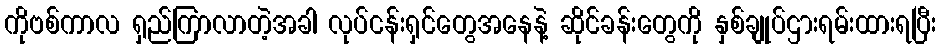
ကိုဗစ်ကာလ ရှည်ကြာလာတဲ့အခါ လုပ်ငန်းရှင်တွေအနေနဲ့ ဆိုင်ခန်းတွေကို နှစ်ချုပ်ဌားရမ်းထားရပြီး